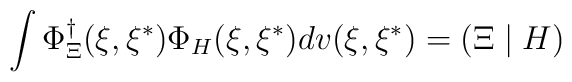
\int \Phi _\Xi ^{\dagger }(\xi ,\xi ^{*})\Phi _H(\xi ,\xi ^{*})dv(\xi ,\xi^{*})=\left( \Xi \mid H\right)